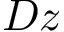
D z